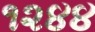
૧૨૪૪